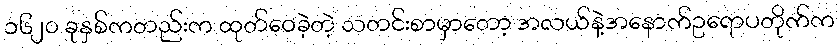
၁၆၂၀ ခုနှစ်ကတည်းက ထုတ်ဝေခဲ့တဲ့ သတင်းစာမှာတော့ အလယ်နဲ့အနောက်ဥရောပတိုက်က